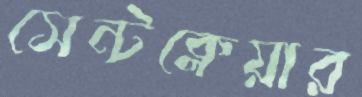
সেন্টক্লেয়ার